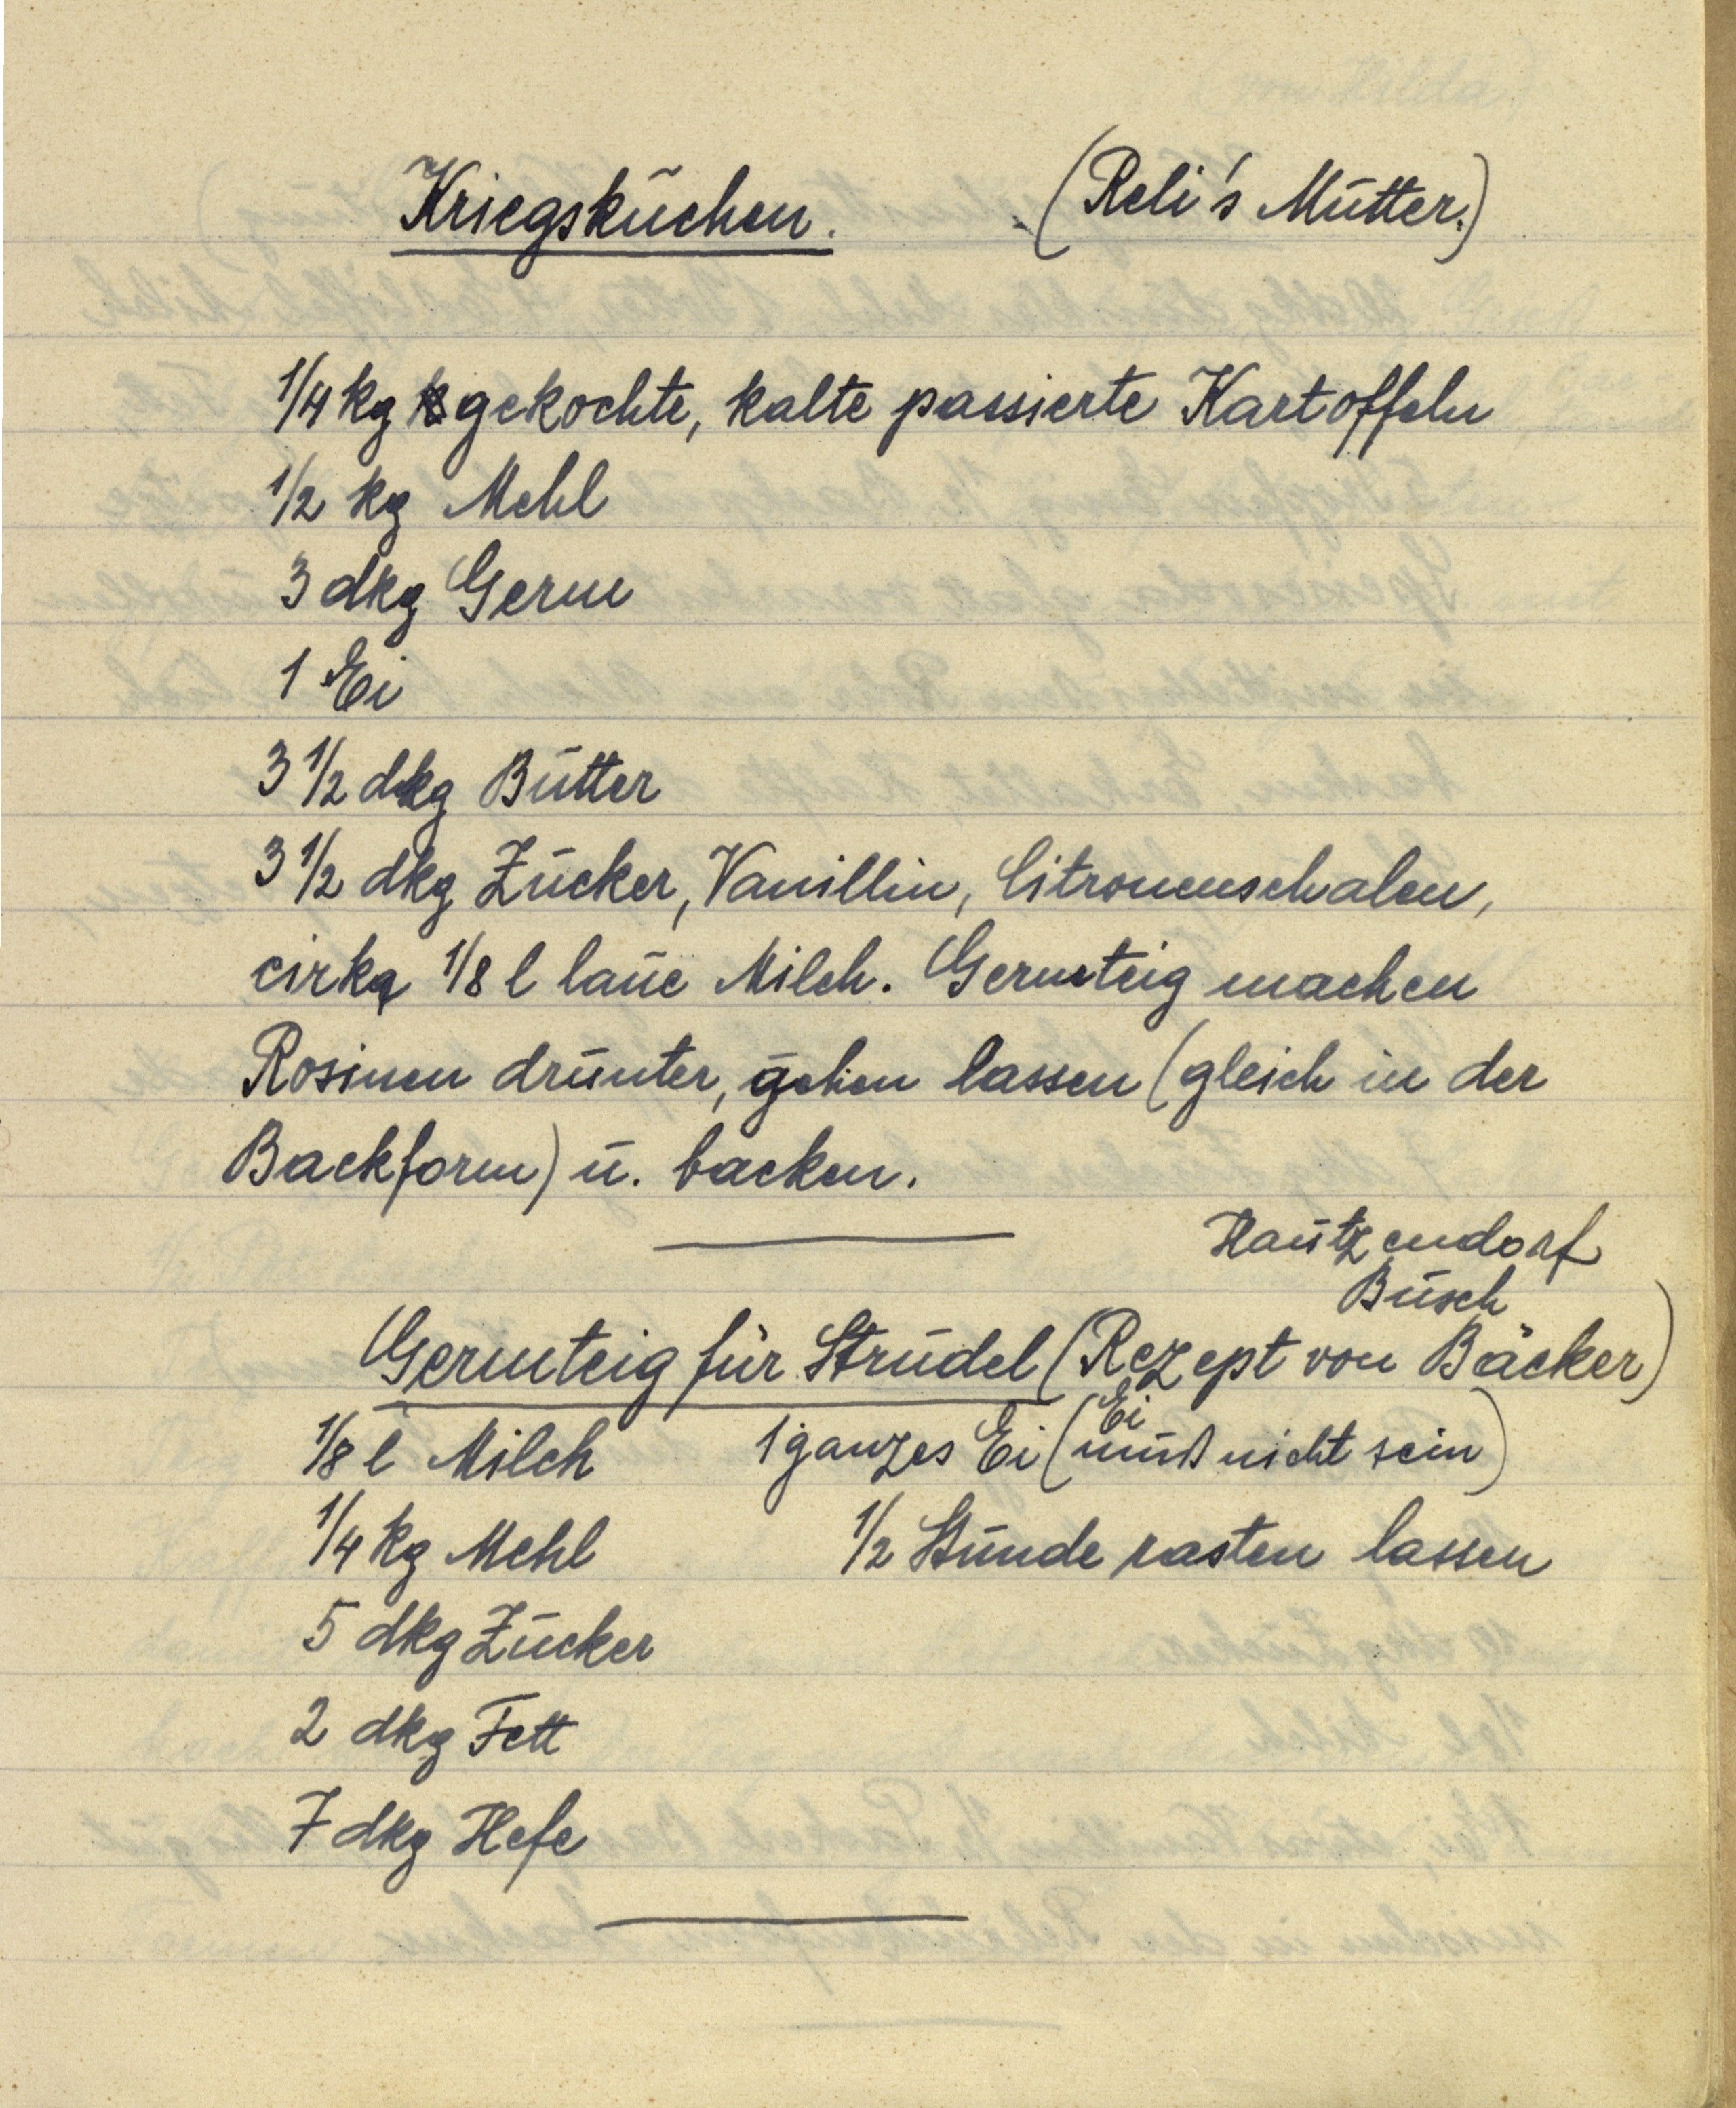
Kriegskuchen. (Reli's Mutter.)

¼ kg k gekochte, kalte passierte Kartoffeln
½ kg Mehl
3 dkg Germ
1 Ei
3 ½ dkg Butter
3 ½ dkg Zucker, Vanillin, Citronenschalen,
cirka ⅛ l laue Milch. Germteig machen
Rosinen drunter, gehen lassen (gleich in der
Backform) u. backen.

Hautzendorf
Busch
Germteig für Strudel (Rezept von Bäcker)
⅛ l Milch 1 ganzes Ei (Ei muß nicht sein)
¼ kg Mehl ½ Stunde rasten lassen
5 dkg Zucker
2 dkg Fett
7 dkg Hefe